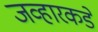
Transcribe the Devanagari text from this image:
जव्हारकडे